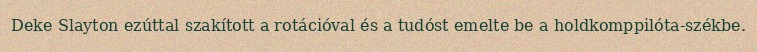
Deke Slayton ezúttal szakított a rotációval és a tudóst emelte be a holdkomppilóta-székbe.